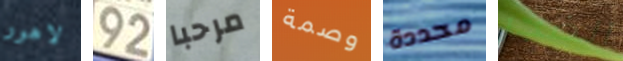
لاهور 92 مرحبا وصمة محددة الضجر